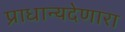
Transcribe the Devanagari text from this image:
प्राधान्यदेणारा